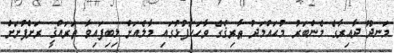
މަނދޫ ދާއިރާގެ މެންބަރު މުޙައްމަދު ޠާރިޤްގެ ވާހަކަފުޅުގައި މާލެއަށް ލިބިފައިވާ ތަރައްޤީ ރަށްފުށަށް